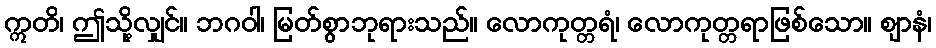
ဣတိ၊ ဤသို့လျှင်။ ဘဂဝါ၊ မြတ်စွာဘုရားသည်။ လောကုတ္တရံ၊ လောကုတ္တရာဖြစ်သော။ ဈာနံ၊